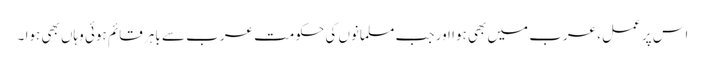
اس پر عمل، عرب میں بھی ہوا اور جب مسلمانوں کی حکومت عرب سے باہر قائم ہوئی وہاں بھی ہوا ۔